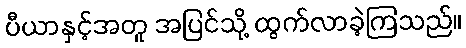
ပီယာနှင့်အတူ အပြင်သို့ ထွက်လာခဲ့ကြသည်။